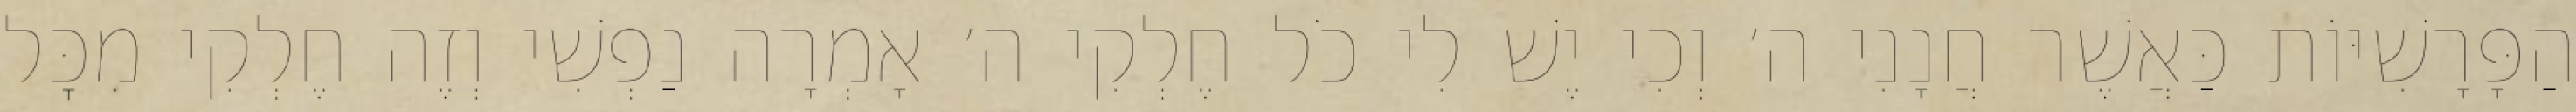
הַפָּרָשִׁיּוֹת כַּאֲשֶׁר חֲנָנִי ה׳ וְכִי יֶשׁ לִי כֹל חֶלְקִי ה׳ אָמְרָה נַפְשִׁי וְזֶה חֶלְקִי מִכׇּל